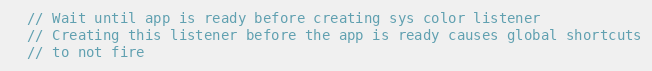
Language: C++
  // Wait until app is ready before creating sys color listener
  // Creating this listener before the app is ready causes global shortcuts
  // to not fire